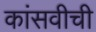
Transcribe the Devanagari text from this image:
कांसवीची